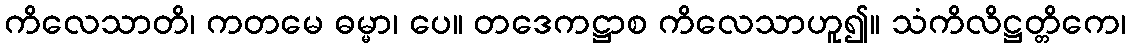
ကိလေသာတိ၊ ကတမေ ဓမ္မာ၊ ပေ။ တဒေကဋ္ဌာစ ကိလေသာဟူ၍။ သံကိလိဋ္ဌတ္တိကေ၊